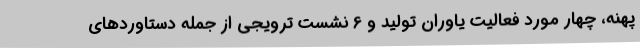
پهنه، چهار مورد فعالیت یاوران تولید و 6 نشست ترویجی از جمله دستاوردهای